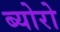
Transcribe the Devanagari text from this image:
ब्योरो